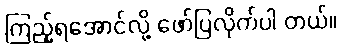
ကြည့်ရအောင်လို့ ဖော်ပြလိုက်ပါ တယ်။